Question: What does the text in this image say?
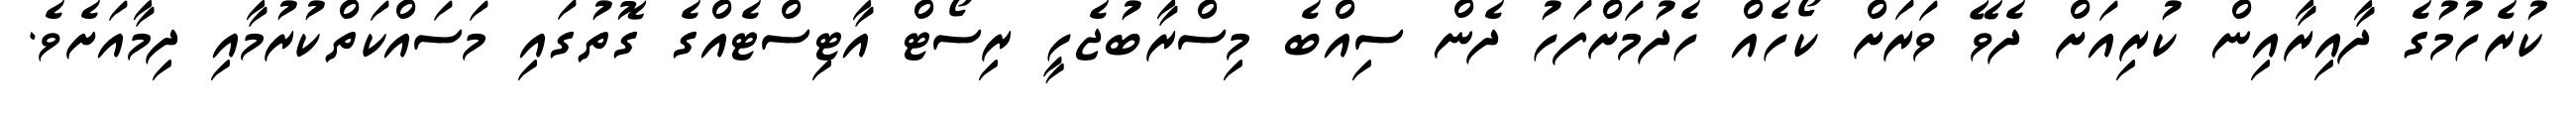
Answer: ކުރެހުމުގެ ދާއިރާއިން ކުރިއަށް ދެވޭ ވަރަށް ކޯހެއް ހެދުމަށްފަހު ދެން ސިއްބެ މިސްރާބުޖެހީ ރިސޯޓް އާޓިސްޓެއްގެ ގޮތުގައި މަސައްކަތްކުރުމާއި ދިމާއަށެވެ.